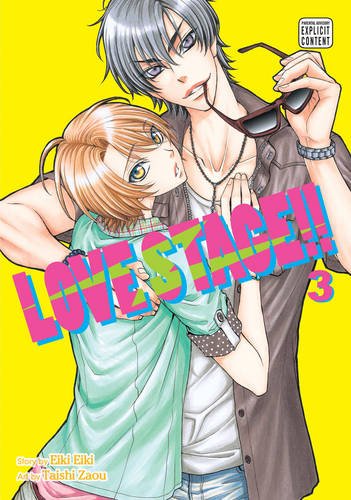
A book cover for Love Stage!!, Vol. 3; Eiki Eiki; Comics & Graphic Novels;